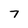
Character: 7